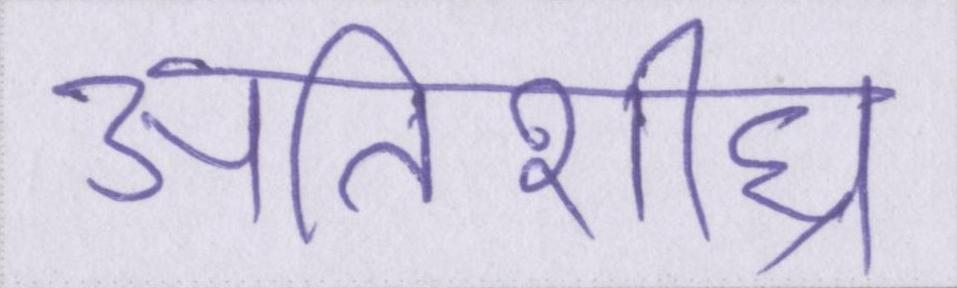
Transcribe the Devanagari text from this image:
अतिशीघ्र